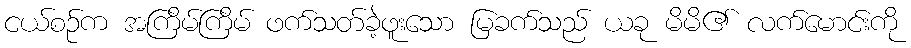
ငယ်စဉ်က အကြိမ်ကြိမ် ဖက်သတ်ခဲ့ဖူးသော မြခက်သည် ယခု မိမိ၏ လက်မောင်းကို